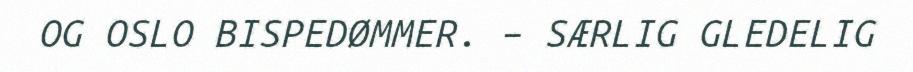
OG OSLO BISPEDØMMER. – SÆRLIG GLEDELIG